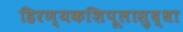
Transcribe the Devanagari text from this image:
हिरण्यकशिपूलासुद्धा